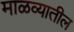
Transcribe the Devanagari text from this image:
माळव्यातील